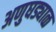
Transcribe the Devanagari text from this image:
अणुघड्याळ